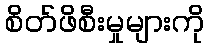
စိတ်ဖိစီးမှုများကို